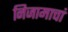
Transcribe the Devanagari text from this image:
निजामाचां